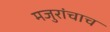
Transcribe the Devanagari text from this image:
मजुरांचाच